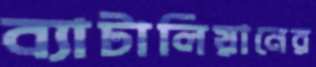
ব্যাটালিয়ানের